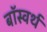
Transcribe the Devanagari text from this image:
बॉस्वर्थ